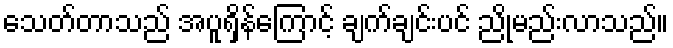
သေတ်တာသည် အပူရှိန်ကြောင့် ချက်ချင်းပင် ညိုမည်းလာသည်။